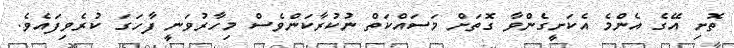
ތޮށި އޭގެ އެންެމެ އެކަށީގެންވާ ގޮތަށް މަސައްކަތް ނުކުރާކަންވެސް މިހާރުވަނީ ފާހަގަ ކުރެވިފައެވެ.